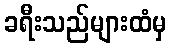
ခရီးသည်များထံမှ